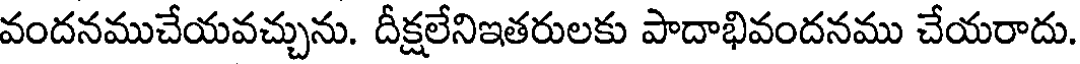
వందనముచేయవచ్చును. దీక్షలేనిఇతరులకు పాదాభివందనము చేయరాదు.